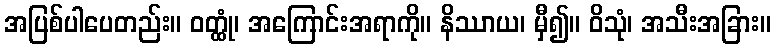
အပြစ်ပါပေတည်း။ ဝတ္ထုံ၊ အကြောင်းအရာကို။ နိဿာယ၊ မှီ၍။ ဝိသုံ၊ အသီးအခြား။